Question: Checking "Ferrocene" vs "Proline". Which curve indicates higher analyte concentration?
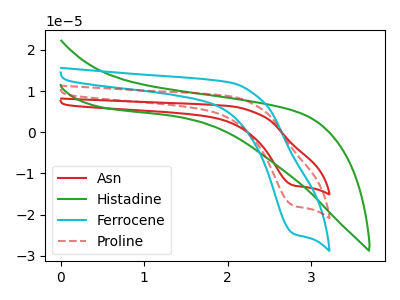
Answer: <think>The red curve "Asn" has a cathodic peak at: (2.80V, -35.70uA). The green curve "Histadine" has no peaks. The cyan curve "Ferrocene" has a cathodic peak at: (2.80V, -24.65uA). The red dashed curve "Proline" has a cathodic peak at: (2.80V, -17.85uA).
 All the peaks in "Ferrocene" have a peak in "Proline" at the same potential. Every peak in "Ferrocene" is higher than every peak in "Proline".</think>
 <answer>"Ferrocene" has more signal than "Proline" and so likely has a higher concentration.</answer>
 <eval>more_concentration</eval>